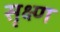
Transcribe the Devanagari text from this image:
सृक्ष्‍ण